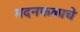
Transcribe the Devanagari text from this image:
मदनफळाचे